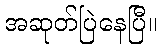
အဆုတ်ပြဲနေပြီ။